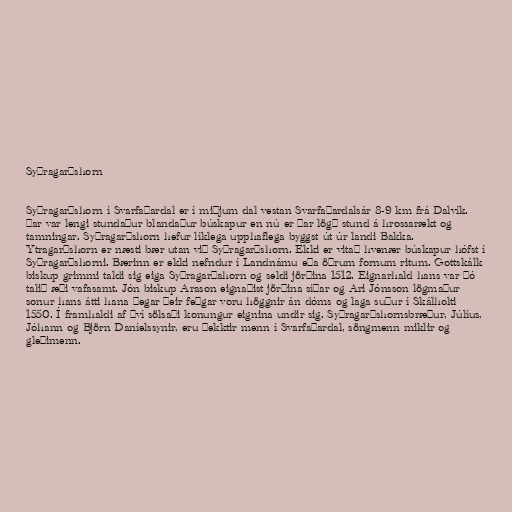
Syðragarðshorn

Syðragarðshorn í Svarfaðardal er í miðjum dal vestan Svarfaðardalsár 8-9 km frá Dalvík.
Þar var lengi stundaður blandaður búskapur en nú er þar lögð stund á hrossarækt og
tamningar. Syðragarðshorn hefur líklega upphaflega byggst út úr landi Bakka.
Ytragarðshorn er næsti bær utan við Syðragarðshorn. Ekki er vitað hvenær búskapur hófst í
Syðragarðshorni. Bærinn er ekki nefndur í Landnámu eða öðrum fornum ritum. Gottskálk
biskup grimmi taldi sig eiga Syðragarðahorn og seldi jörðina 1512. Eignarhald hans var þó
talið æði vafasamt. Jón biskup Arason eignaðist jörðina síðar og Ari Jónsson lögmaður
sonur hans átti hana þegar þeir feðgar voru höggnir án dóms og laga suður í Skálholti
1550. Í framhaldi af því sölsaði konungur eignina undir sig. Syðragarðshornsbræður, Júlíus,
Jóhann og Björn Daníelssynir, eru þekktir menn í Svarfaðardal, söngmenn miklir og
gleðimenn.